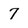
Character: 7